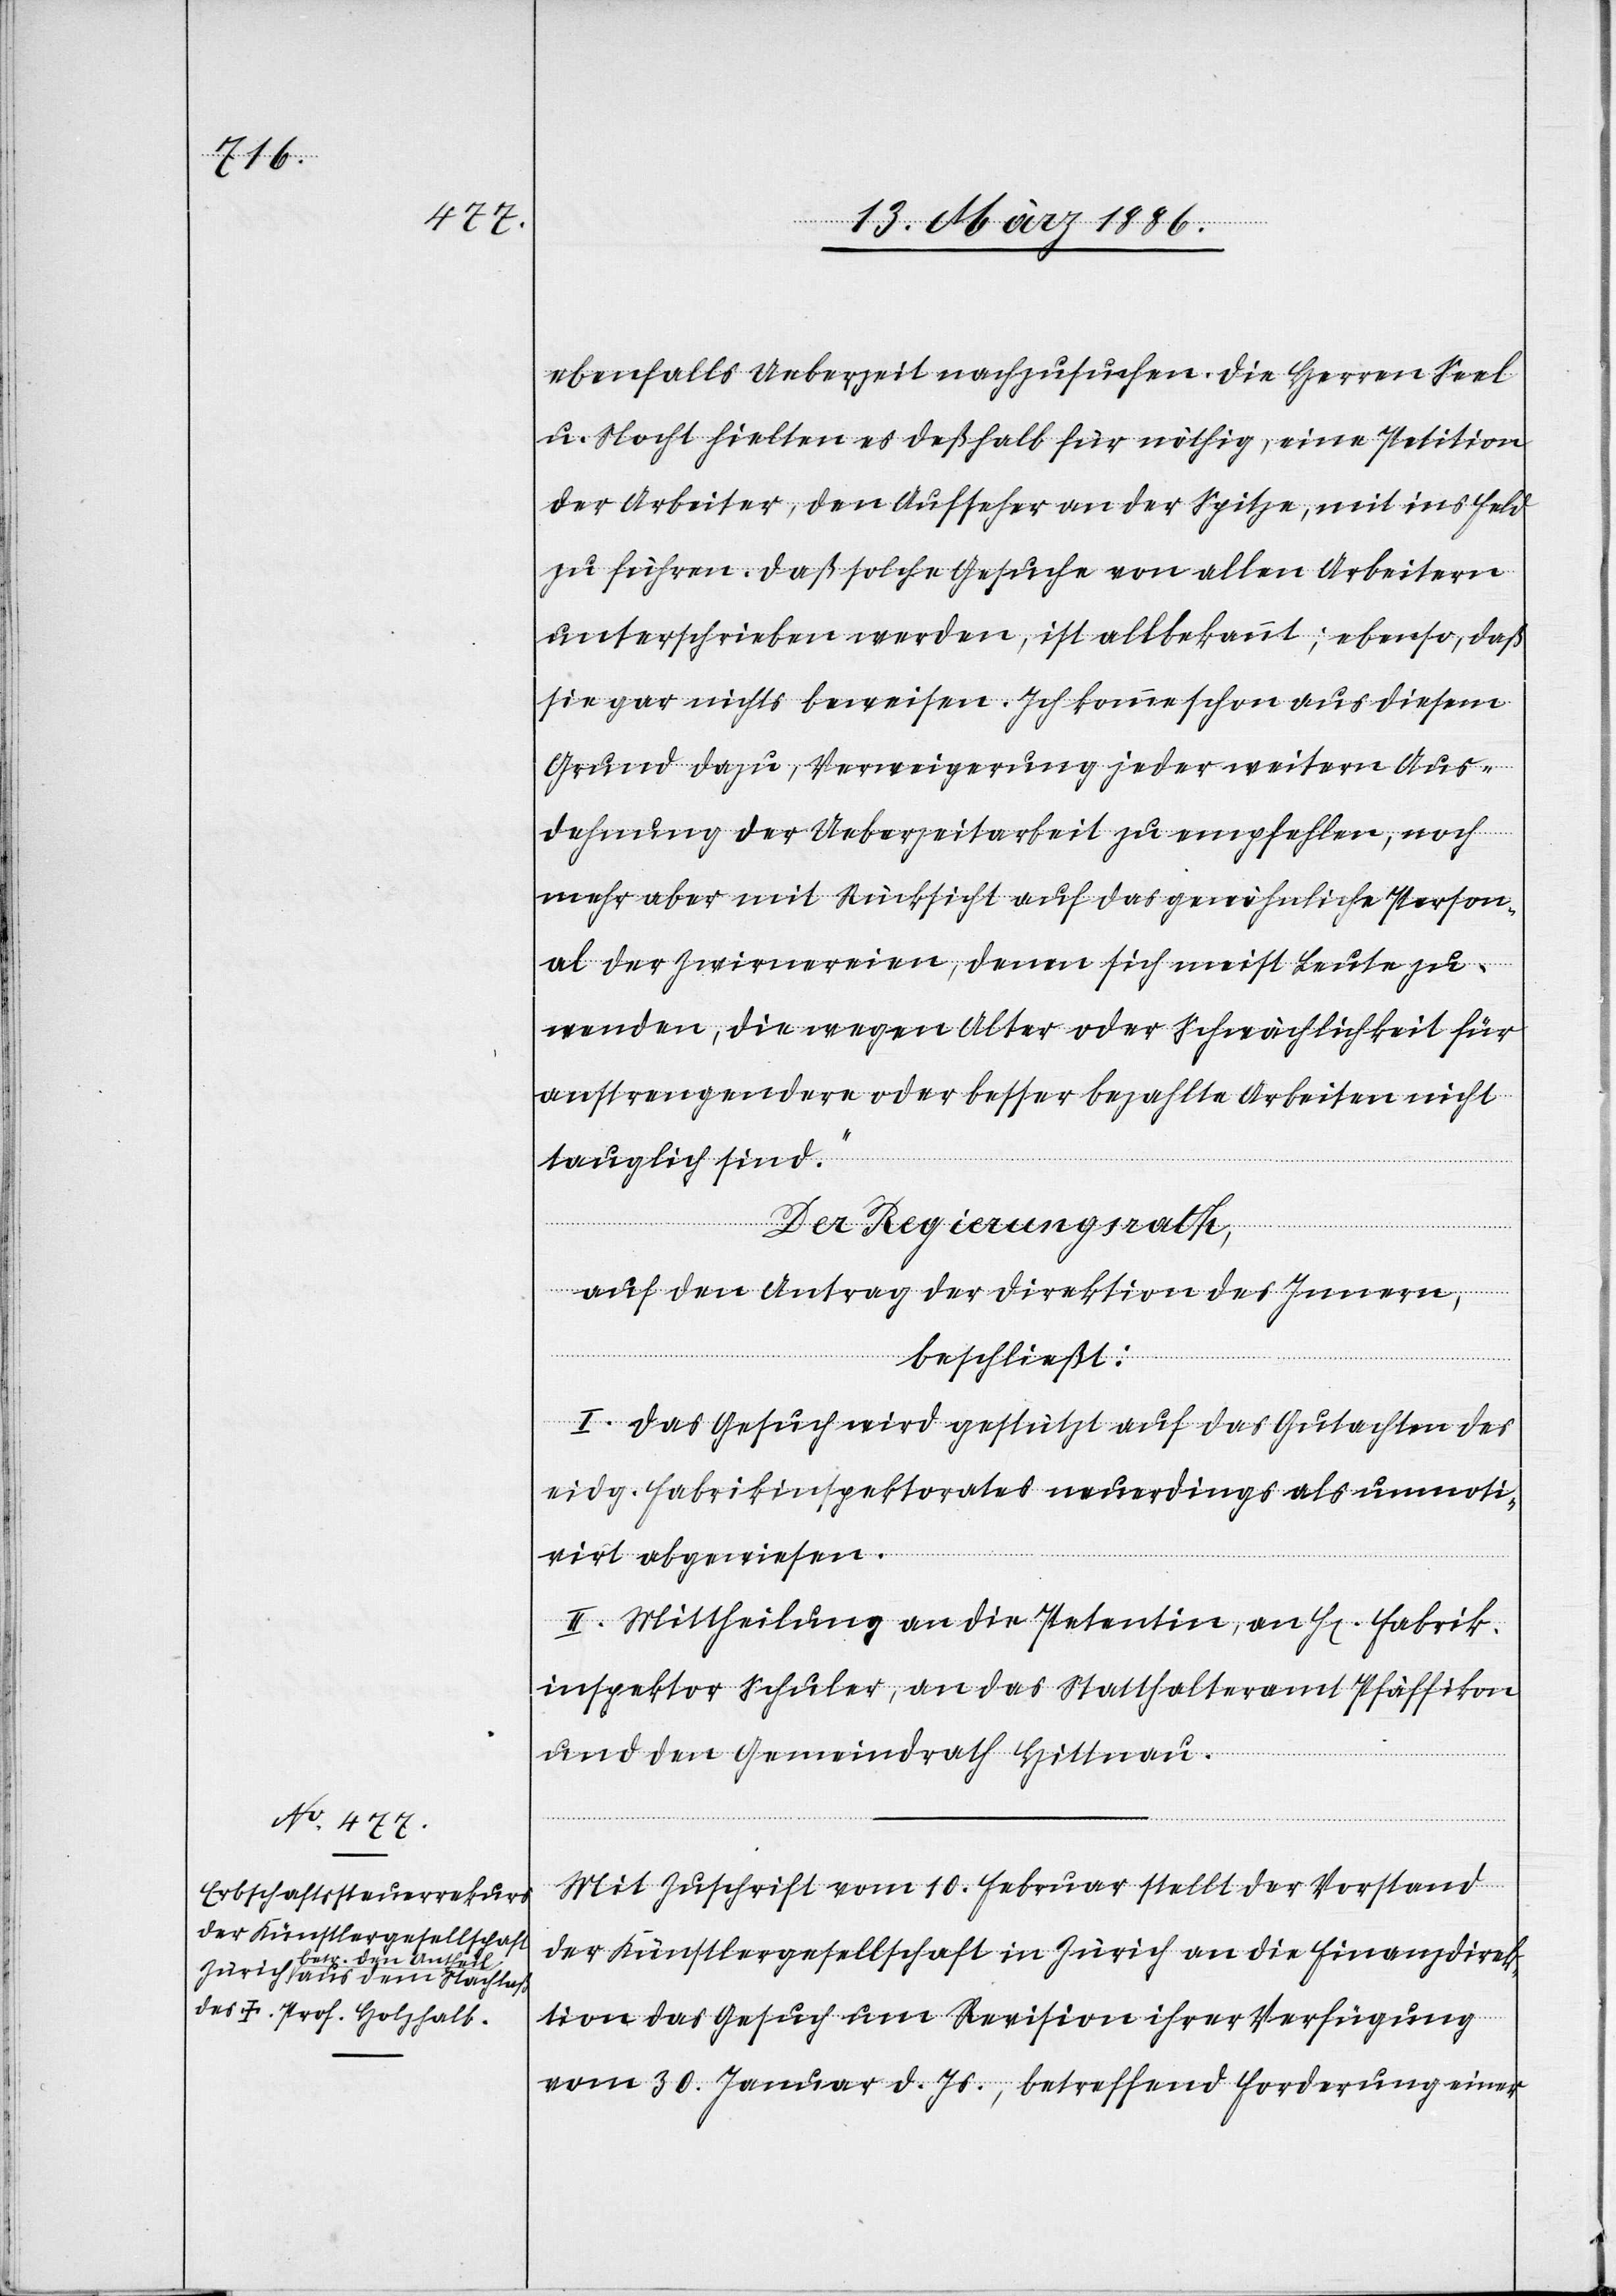
ebenfalls Ueberzeit nachzusuchen. Die Herren Seel
u. Nocht hielten es deßhalb für nöthig, eine Petition
der Arbeiter, den Aufseher an der Spitze, mit ins Feld
zu führen. Daß solche Gesuche von allen Arbeitern
unterschrieben werden, ist allbekannt; ebenso, daß
sie gar nichts beweisen. Ich komme schon aus diesem
Grund dazu, Verweigerung jeder weitern Aus¬
dehnung der Ueberzeitarbeit zu empfehlen, noch
mehr aber mit Rücksicht auf das gewöhnliche Person¬
al der Zwirnereien, denen sich meist Leute zu¬
wenden, die wegen Alter oder Schwächlichkeit für
anstrengendere oder besser bezahlte Arbeiten nicht
tauglich sind.“
Der Regierungsrath,
auf den Antrag der Direktion des Innern,
beschließt:
I. Das Gesuch wird gestützt auf das Gutachten der
eidg. Fabrikinspektorat neuerdings als unmoti¬
virt abgewiesen.
II. Mittheilung an die Petentin, an H[errn] Fabrik¬
inspektor Schuler, an das Statthalteramt Pfäffikon
und den Gemeinderath Hittnau.
Mit Zuschrift vom 10. Februar stellt der Vorstand
der Künstlergesellschaft in Zürich an die Finanzdirek¬
tion das Gesuch um Revision ihrer Verfügung
vom 30. Januar d. Js., betreffend Forderung einer